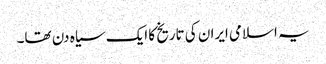
یہ اسلامی ایران کی تاریخ کا ایک سیاہ دن تھا۔